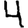
Digit: 4